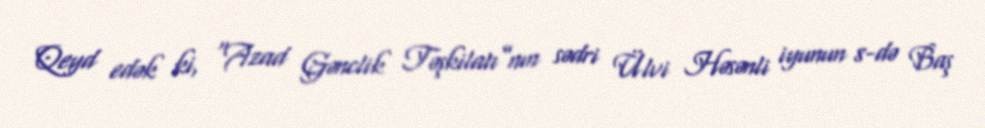
Qeyd edək ki, “Azad Gənclik Təşkilatı”nın sədri Ülvi Həsənli iyunun 8-də Baş